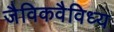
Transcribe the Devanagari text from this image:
जैविकवैविध्य